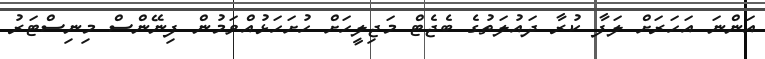
އަންނަ އަހަރަށް ލަފާ ކުރާ ދައުލަތުގެ ބެޖެޓް މަޖިލީހަށް ހުށަހަޅުއްވަމުން ފިނޭންސް މިނިސްޓަރު